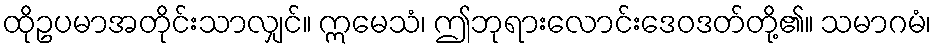
ထိုဥပမာအတိုင်းသာလျှင်။ ဣမေသံ၊ ဤဘုရားလောင်းဒေဝဒတ်တို့၏။ သမာဂမံ၊